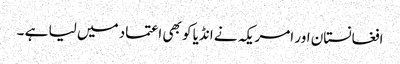
افغانستان اور امریکہ نے انڈیا کو بھی اعتماد میں لیا ہے ۔